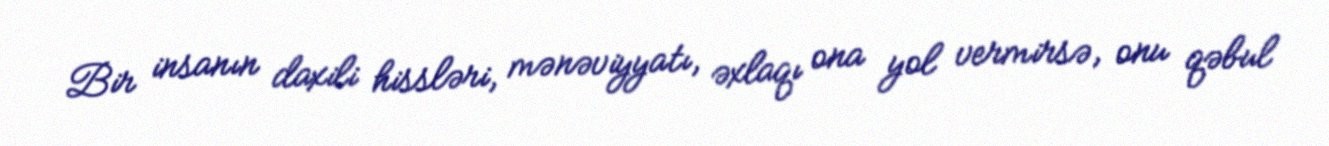
Bir insanın daxili hissləri, mənəviyyatı, əxlaqı ona yol vermirsə, onu qəbul